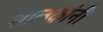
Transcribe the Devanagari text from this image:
शालकांनी